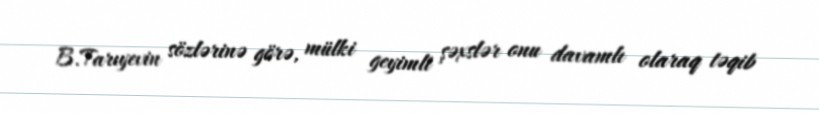
B.Tarıyevin sözlərinə görə, mülki geyimli şəxslər onu davamlı olaraq təqib